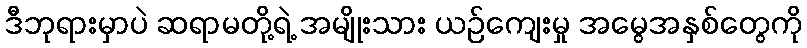
ဒီဘုရားမှာပဲ ဆရာမတို့ရဲ့ အမျိုးသား ယဉ်ကျေးမှု အမွေအနှစ်တွေကို